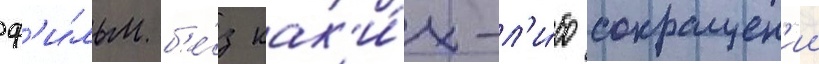
ф'и́льм б'е́з как'и́х-л'и́бо сокращен'ии